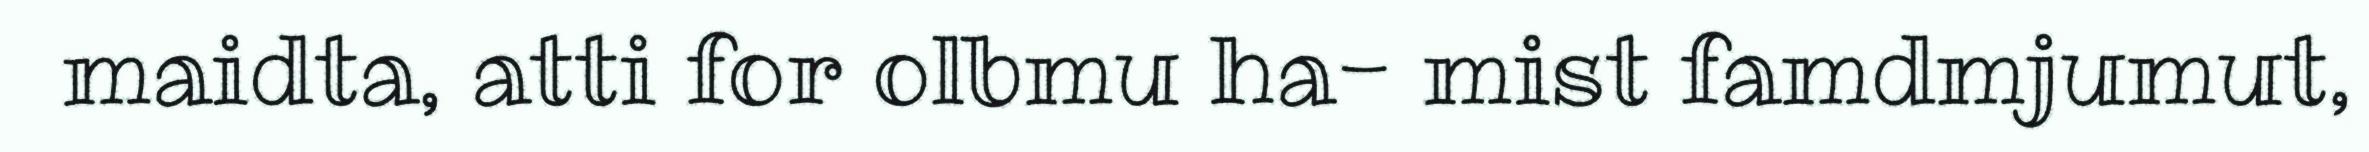
maidta, atti for olbmu ha- mist famdmjumut,